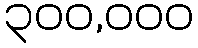
၃၀၀,၀၀၀